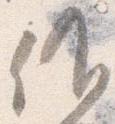
候